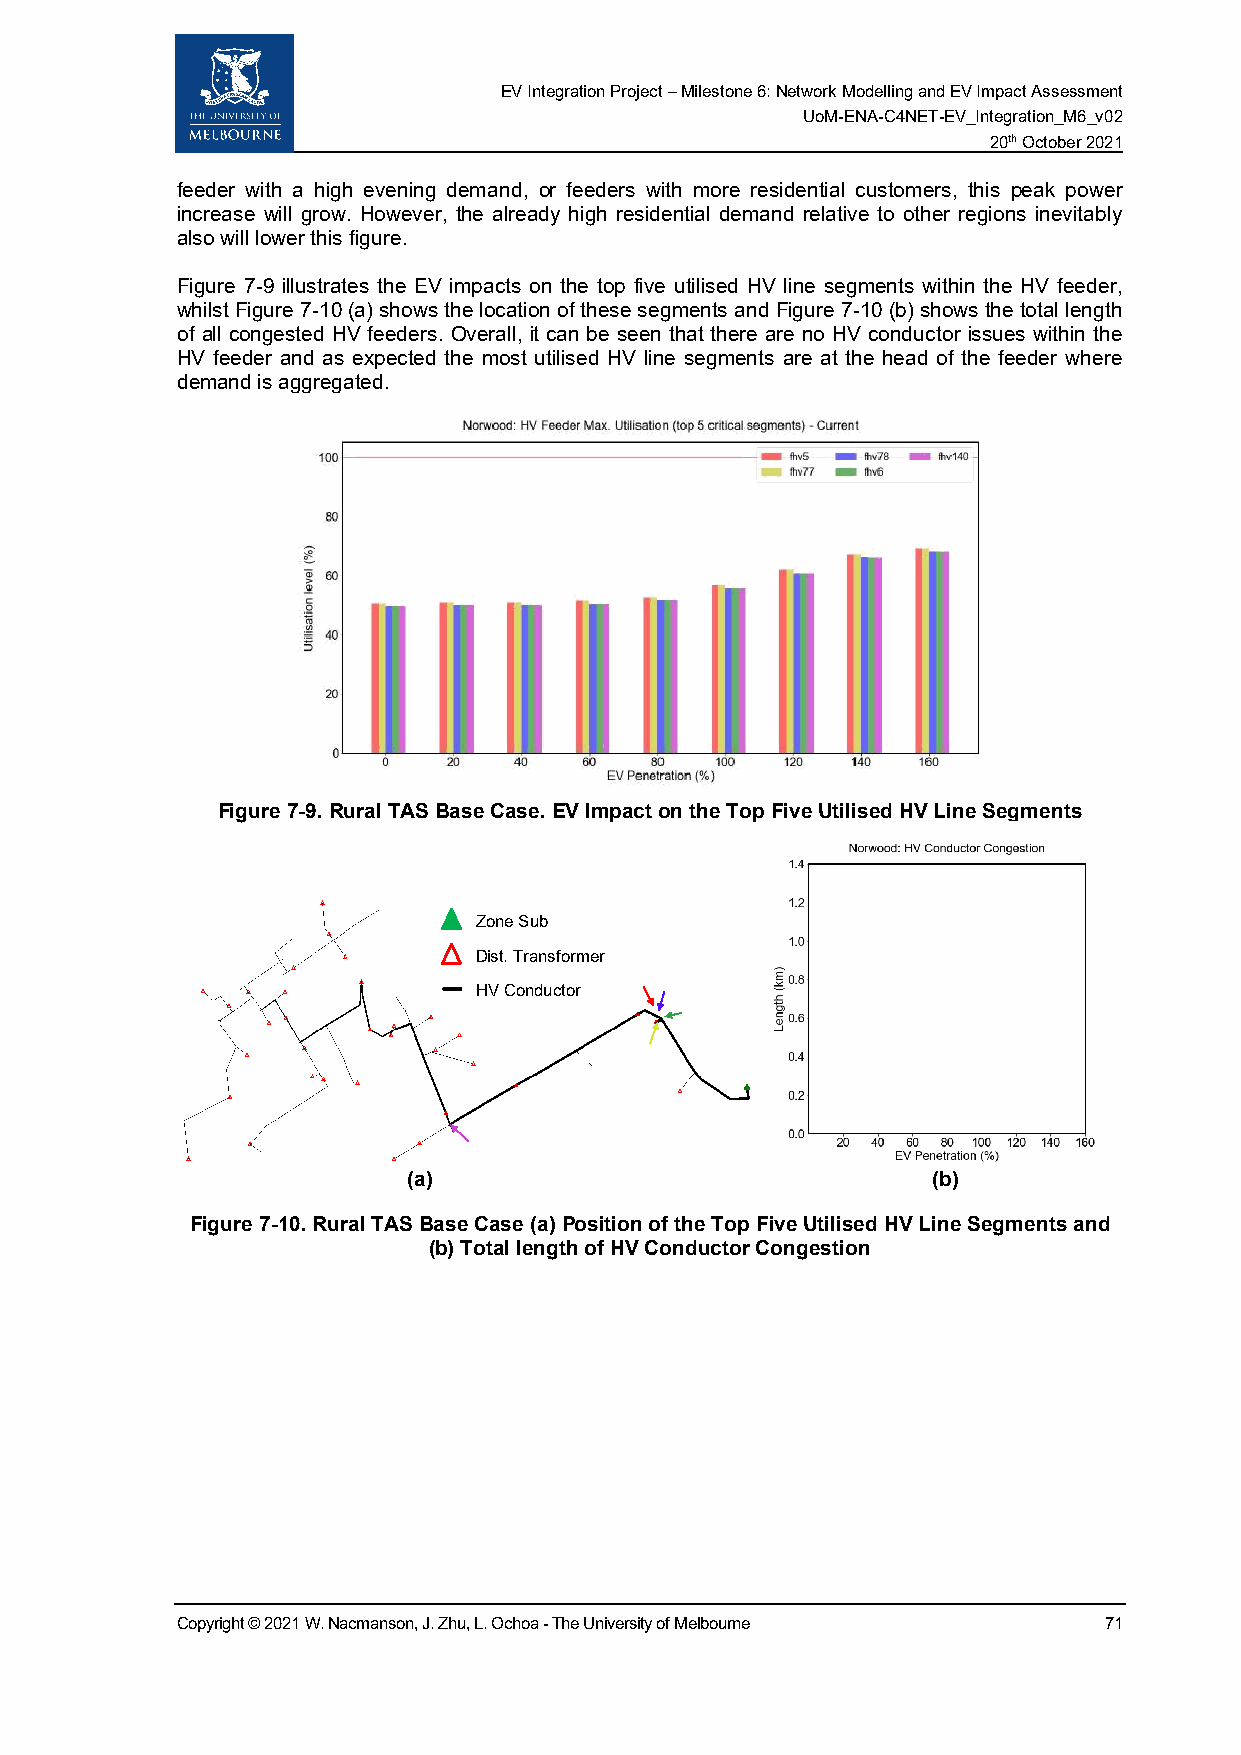
EV Integration Project – Milestone 6: Network Modelling and EV Impact Assessment
 UoM-ENA-C4NET-EV_Integration_M6_v02
 20th October 2021
 feeder with a high evening demand, or feeders with more residential customers, this peak power
 increase will grow. However, the already high residential demand relative to other regions inevitably
 also will lower this figure.
 Figure 7-9 illustrates the EV impacts on the top five utilised HV line segments within the HV feeder,
 whilst Figure 7-10 (a) shows the location of these segments and Figure 7-10 (b) shows the total length
 of all congested HV feeders. Overall, it can be seen that there are no HV conductor issues within the
 HV feeder and as expected the most utilised HV line segments are at the head of the feeder where
 demand is aggregated.
 Figure 7-9. Rural TAS Base Case. EV Impact on the Top Five Utilised HV Line Segments
 Zone Sub
 Dist. Transformer
 HV Conductor
 (a)                                (b)
 Figure 7-10. Rural TAS Base Case (a) Position of the Top Five Utilised HV Line Segments and
 (b) Total length of HV Conductor Congestion
 Copyright © 2021 W. Nacmanson, J. Zhu, L. Ochoa - The University of Melbourne 71